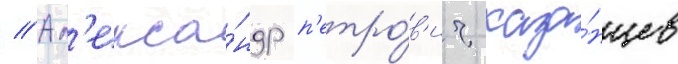
// Ал'екса́ндр п'етро́в'ич каза́нцев